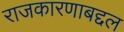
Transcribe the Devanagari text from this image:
राजकारणाबद्दल